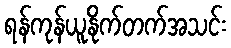
ရန်ကုန်ယူနိုက်တက်အသင်း